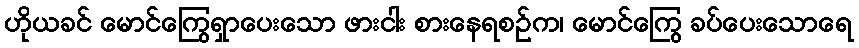
ဟိုယခင် မောင်ကြွေရှာပေးသော ဖားငါး စားနေရစဉ်က၊ မောင်ကြွေ ခပ်ပေးသောရေ